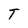
Character: T